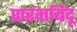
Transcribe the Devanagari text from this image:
प्रारंभबिंदू